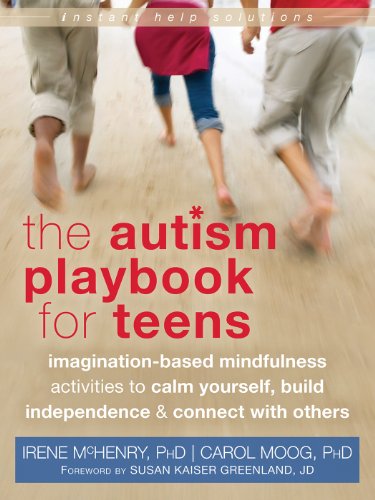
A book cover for The Autism Playbook for Teens: Imagination-Based Mindfulness Activities to Calm Yourself, Build Independence, and Connect with Others (The Instant Help Solutions Series); Irene McHenry PhD; Teen & Young Adult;